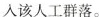
入该人工群落。